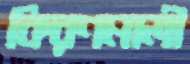
কিরণমালী